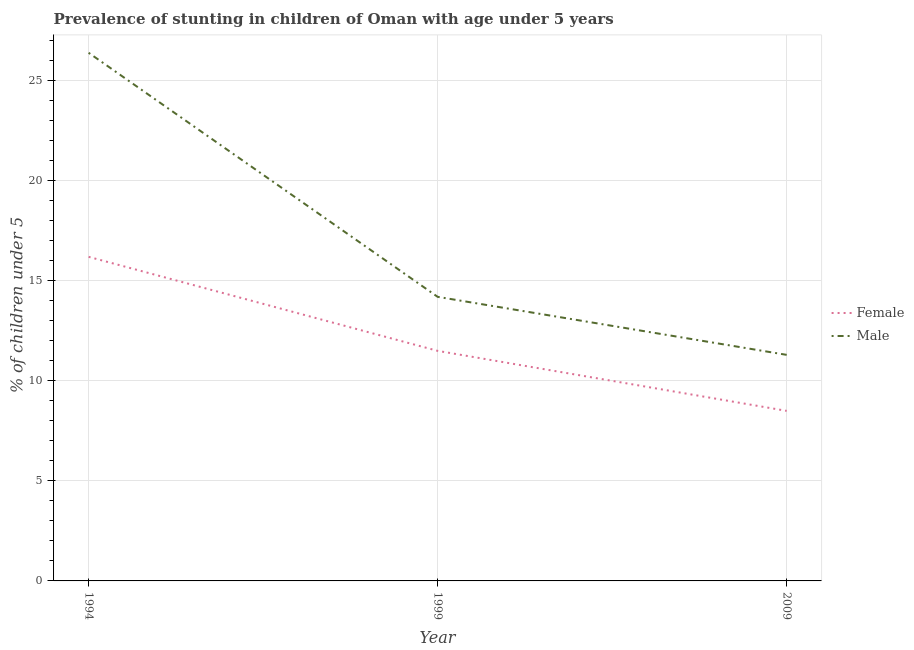
| Year | Female | Male |
 | --- | --- | --- |
 | 1994 | 16.2 | 26.4 |
 | 1999 | 11.5 | 14.2 |
 | 2009 | 8.5 | 11.3 |